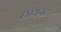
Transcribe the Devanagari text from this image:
छायनट